Account of plague administration in the Bombay Presidency from September 1896 till May 1897
Year: 1896
Disease focus: Plague
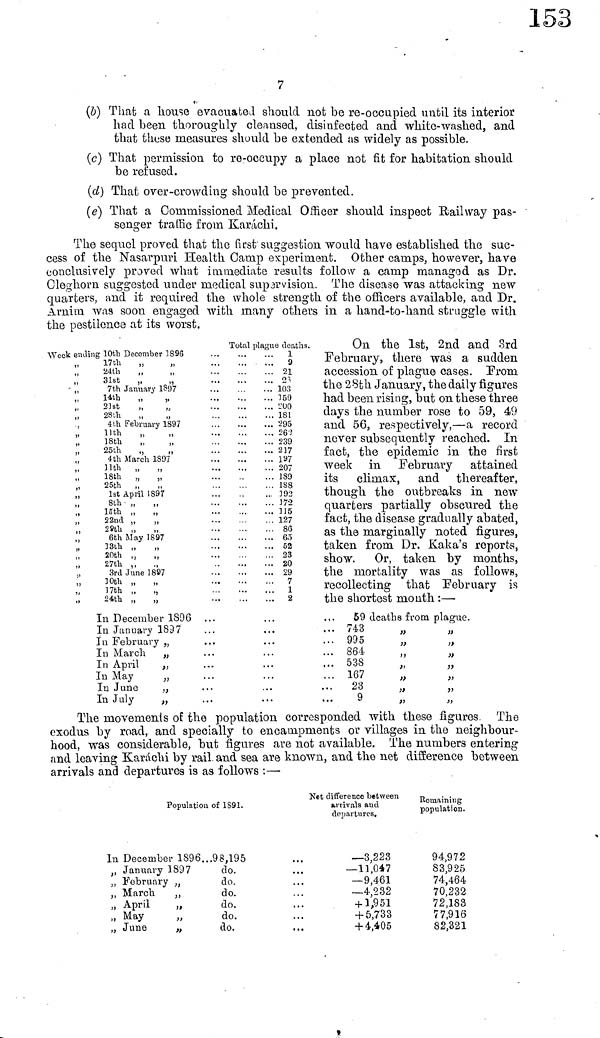
7
(b) That a house evacuated should not be re-occupied until its interior
had been thoroughly cleansed, disinfected and white-washed, and
that these measures should be extended as widely as possible.
(c) That permission to re-occupy a place not fit for habitation should
be refused.
(d) That over-crowding should be prevented.
(e) That a Commissioned Medical Officer should inspect Railway pas-
senger traffic from Karachi.
The sequel proved that the first suggestion would have established the suc-
cess of the Nasarpuri Health Gamp experiment. Other camps, however, have
conclusively proved what immediate results follow a camp managed as Dr.
Cleghorn suggested under medical supervision. The disease was attacking new
quarters, and it required the whole strength of the officers available, and Dr.
Arnim was soon engaged with many others in a hand-to-hand struggle with
the pestilence at its worst.
Week ending 10th December 1896
" 17th
"
"
"
24th " "
"
31st
"
"
"
7th
January 1897
" 14th " "
" 21st
"
"
" 28th " "
" 4th February 1897
" 11th " "
" 18th " "
" 25th " "
" 4th March 1897
" 11th " "
" 18th
"
"
"
25th "
"
"
1st April 1897
"
8th " "
" 15th " "
" 22nd " "
" 29th " "
" 6th May 1897
" 13th " "
"
20th " "
" 27th " "
"
3rd June 1897
" 10th " "
"
17th " "
"
24th " "
In December 1896
In January 1897
In February "
In March "
In April
"
In May "
In June
"
In July
"
Total plague deaths.
1
9
21
23
159
200
181
295
269
239
217
197
207
189
188
192
172
115
127
86
65
52
23
20
29
7
1
2
On the 1st, 2nd and 3rd
February, there was a sudden
accession of plague cases. Prom
the 28th January, the daily figures
had been rising, but on these three
days the number rose to 59, 49
and 56, respectively, — a record
never subsequently reached. In
fact, the epidemic in the first
week in February
attained
its climax, and thereafter,
though the outbreaks in new
quarters partially obscured the
fact, the disease gradually abated,
as the marginally noted figures,
taken from Dr. Kaka's reports,
show. Or, taken by months.
the mortality was as follows,
recollecting that February is
the shortest month : —
59 deaths from plague.
743
"
"
995
"
"
864 " "
538 " "
167 " "
23
"
"
9
"
"
The movements of the population corresponded with these figures. The
exodus by road, and specially to encampments or villages in the neighbour-
hood, was considerable, but figures are not available. The numbers entering
and leaving Karachi by rail, and sea are known, and the net difference between
arrivals and departures is as follows :—
Population of 1891.
In December 1896...98,195
" January 1897
do.
" February
"
do.
" March
"
do.
" April
"
do.
" May
"
do.
" June
"
do.
Net difference between
arrivals and
departures.
- 3,223
- 11,047
- 9,461
- 4,232
+ 1,951
+ 5,733
+ 4,405
Remaining
population.
94,972
83,925
74,464
70,232
72,183
77,916
82,321